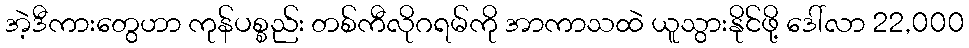
အဲ့ဒီကားတွေဟာ ကုန်ပစ္စည်း တစ်ကီလိုဂရမ်ကို အာကာသထဲ ယူသွားနိုင်ဖို့ ဒေါ်လာ 22,000